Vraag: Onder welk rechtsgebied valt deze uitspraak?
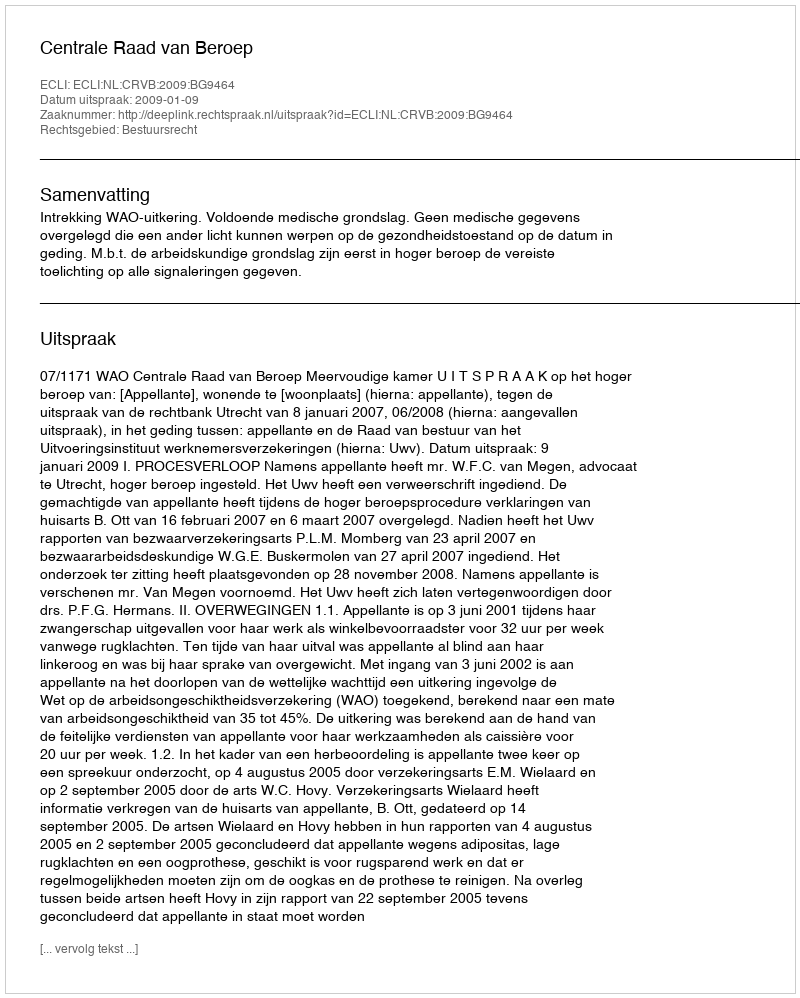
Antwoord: Bestuursrecht